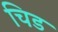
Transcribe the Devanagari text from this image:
चिड